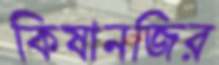
কিষানজির